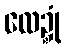
လေဍ္ဍုံ